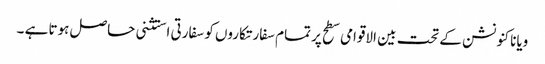
ویانا کنونشن کے تحت بین الاقوامی سطح پر تمام سفارتکاروں کو سفارتی استثنی حاصل ہوتا ہے ۔